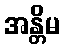
အန္တိမ